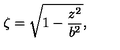
\zeta = \sqrt { 1 - { \frac { z ^ { 2 } } { b ^ { 2 } } } } ,